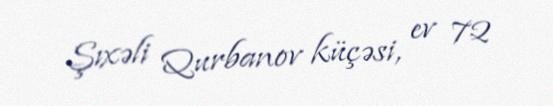
Şıxəli Qurbanov küçəsi, ev 72